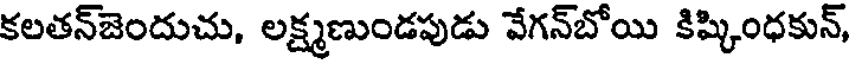
కలతన్జెందుచు, లక్ష్మణుండపుడు వేగన్బోయి కిష్కింధకున్,